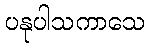
ပနုပါသကာသေ